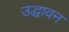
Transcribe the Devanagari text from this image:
उद्धावन